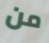
من